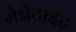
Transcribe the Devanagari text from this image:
मेग्नेटाईट